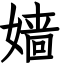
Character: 嫱